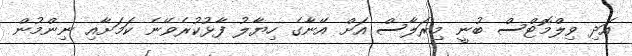
އަދި ވިލްމޮޓްސް ބުނީ މިރަލާސް އަށް އޭނާގެ ހިޔާލު ފާޅުކުރެވޭނެ ކަމަށާއި ނިންމުން